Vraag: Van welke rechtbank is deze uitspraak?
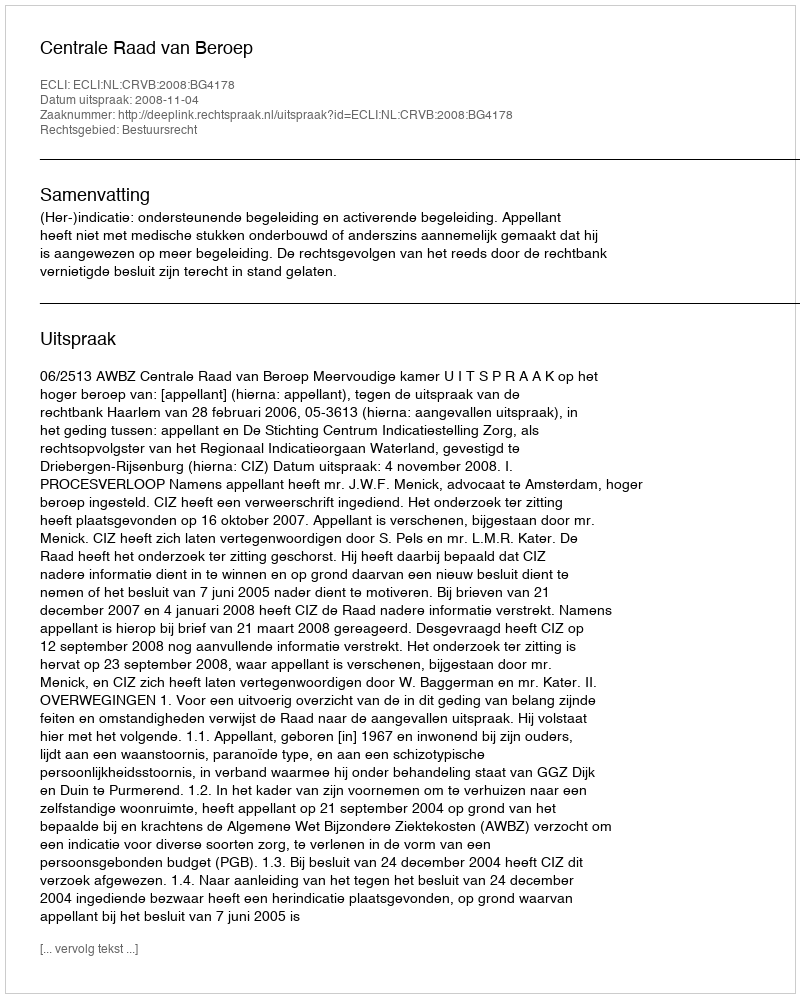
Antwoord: Centrale Raad van Beroep